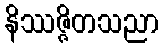
နိဿဇ္ဇိတသညာ